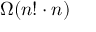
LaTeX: \Omega ( n ! \cdot n )